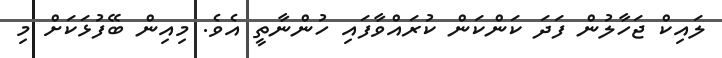
ލައިކް ޖަހާލުން ފަދަ ކަންކަން ކުރައްވާފައި ހުންނާތީ އެވެ. މިއިން ބޭފުޅަކަށް މި